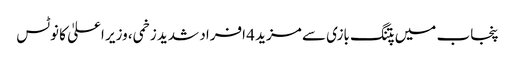
پنجاب میں پتنگ بازی سے مزید 4 افراد شدید زخمی، وزیر اعلیٰ کا نوٹس